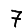
Digit: 7